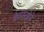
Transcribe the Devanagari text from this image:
केय्स्तोने